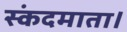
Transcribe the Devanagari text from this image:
स्कंदमाता।